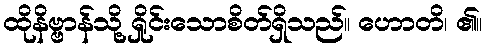
ထိုနိဗ္ဗာန်သို့ ရှိုင်းသောစိတ်ရှိသည်။ ဟောတိ၊ ၏။